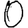
Digit: 0